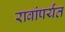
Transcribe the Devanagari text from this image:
रावांपर्यंत